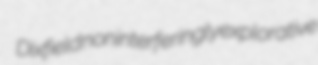
Dixfield noninterferingly explorative